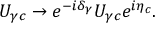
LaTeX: U _ { \gamma c } \to e ^ { - i \delta _ { \gamma } } U _ { \gamma c } e ^ { i \eta _ { c } } .